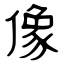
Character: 像